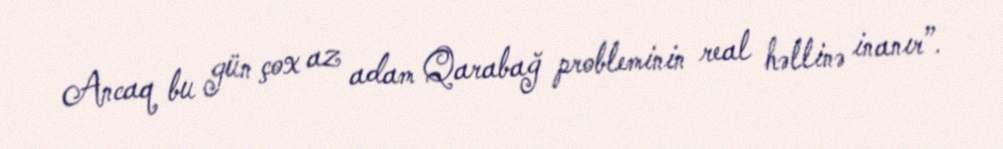
Ancaq bu gün çox az adam Qarabağ probleminin real həllinə inanır”.